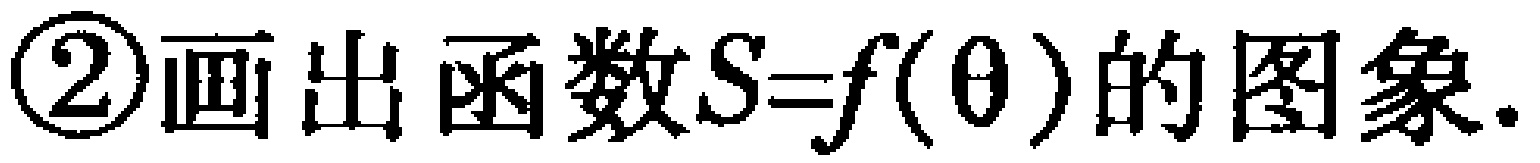
\textcircled{2}画出函数\(S = f(\theta)\)的图象.